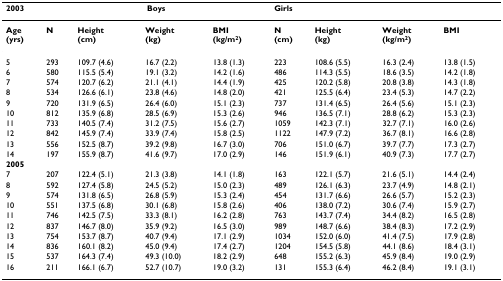
<table><thead><tr><td><b>2003</b></td><td colspan="4"><b>Boys</b></td><td colspan="4"><b>Girls</b></td></tr></thead><tbody><tr><td><b>Age</b><b>(yrs)</b></td><td><b>N</b></td><td><b>Height </b><b>(cm)</b></td><td><b>Weight</b><b>(kg)</b></td><td><b>BMI</b><b>(kg/m<sup>2</sup>)</b></td><td><b>N</b><b>(cm)</b></td><td><b>Height</b><b>(kg)</b></td><td><b>Weight</b><b>(kg/m<sup>2</sup>)</b></td><td><b>BMI</b></td></tr><tr><td>5</td><td>293</td><td>109.7 (4.6)</td><td>16.7 (2.2)</td><td>13.8 (1.3)</td><td>223</td><td>108.6 (5.5)</td><td>16.3 (2.4)</td><td>13.8 (1.5)</td></tr><tr><td>6</td><td>580</td><td>115.5 (5.4)</td><td>19.1 (3.2)</td><td>14.2 (1.6)</td><td>486</td><td>114.3 (5.5)</td><td>18.6 (3.5)</td><td>14.2 (1.8)</td></tr><tr><td>7</td><td>574</td><td>120.7 (6.2)</td><td>21.1 (4.1)</td><td>14.4 (1.9)</td><td>425</td><td>120.2 (5.8)</td><td>20.8 (3.8)</td><td>14.3 (1.8)</td></tr><tr><td>8</td><td>534</td><td>126.6 (6.1)</td><td>23.8 (4.6)</td><td>14.8 (2.0)</td><td>421</td><td>125.5 (6.4)</td><td>23.4 (5.3)</td><td>14.7 (2.2)</td></tr><tr><td>9</td><td>720</td><td>131.9 (6.5)</td><td>26.4 (6.0)</td><td>15.1 (2.3)</td><td>737</td><td>131.4 (6.5)</td><td>26.4 (5.6)</td><td>15.1 (2.3)</td></tr><tr><td>10</td><td>812</td><td>135.9 (6.8)</td><td>28.5 (6.9)</td><td>15.3 (2.6)</td><td>946</td><td>136.5 (7.1)</td><td>28.8 (6.2)</td><td>15.3 (2.3)</td></tr><tr><td>11</td><td>733</td><td>140.5 (7.4)</td><td>31.2 (7.5)</td><td>15.6 (2.7)</td><td>1059</td><td>142.3 (7.1)</td><td>32.7 (7.1)</td><td>16.0 (2.6)</td></tr><tr><td>12</td><td>842</td><td>145.9 (7.4)</td><td>33.9 (7.4)</td><td>15.8 (2.5)</td><td>1122</td><td>147.9 (7.2)</td><td>36.7 (8.1)</td><td>16.6 (2.8)</td></tr><tr><td>13</td><td>556</td><td>152.5 (8.7)</td><td>39.2 (9.8)</td><td>16.7 (3.0)</td><td>706</td><td>151.0 (6.7)</td><td>39.7 (7.7)</td><td>17.3 (2.7)</td></tr><tr><td>14</td><td>197</td><td>155.9 (8.7)</td><td>41.6 (9.7)</td><td>17.0 (2.9)</td><td>146</td><td>151.9 (6.1)</td><td>40.9 (7.3)</td><td>17.7 (2.7)</td></tr><tr><td><b>2005</b></td><td></td><td></td><td></td><td></td><td></td><td></td><td></td><td></td></tr><tr><td>7</td><td>207</td><td>122.4 (5.1)</td><td>21.3 (3.8)</td><td>14.1 (1.8)</td><td>163</td><td>122.1 (5.7)</td><td>21.6 (5.1)</td><td>14.4 (2.4)</td></tr><tr><td>8</td><td>592</td><td>127.4 (5.8)</td><td>24.5 (5.2)</td><td>15.0 (2.3)</td><td>489</td><td>126.1 (6.3)</td><td>23.7 (4.9)</td><td>14.8 (2.1)</td></tr><tr><td>9</td><td>574</td><td>131.8 (6.5)</td><td>26.8 (5.9)</td><td>15.3 (2.4)</td><td>454</td><td>131.7 (6.6)</td><td>26.6 (5.7)</td><td>15.2 (2.3)</td></tr><tr><td>10</td><td>551</td><td>137.5 (6.8)</td><td>30.1 (6.8)</td><td>15.8 (2.6)</td><td>406</td><td>138.0 (7.2)</td><td>30.6 (7.4)</td><td>15.9 (2.7)</td></tr><tr><td>11</td><td>746</td><td>142.5 (7.5)</td><td>33.3 (8.1)</td><td>16.2 (2.8)</td><td>763</td><td>143.7 (7.4)</td><td>34.4 (8.2)</td><td>16.5 (2.8)</td></tr><tr><td>12</td><td>837</td><td>146.7 (8.0)</td><td>35.9 (9.2)</td><td>16.5 (3.0)</td><td>989</td><td>148.7 (6.6)</td><td>38.4 (8.3)</td><td>17.2 (2.9)</td></tr><tr><td>13</td><td>754</td><td>153.7 (8.7)</td><td>40.7 (9.4)</td><td>17.1 (2.9)</td><td>1034</td><td>152.0 (6.0)</td><td>41.4 (7.5)</td><td>17.9 (2.8)</td></tr><tr><td>14</td><td>836</td><td>160.1 (8.2)</td><td>45.0 (9.4)</td><td>17.4 (2.7)</td><td>1204</td><td>154.5 (5.8)</td><td>44.1 (8.6)</td><td>18.4 (3.1)</td></tr><tr><td>15</td><td>537</td><td>164.3 (7.4)</td><td>49.3 (10.0)</td><td>18.2 (2.9)</td><td>648</td><td>155.2 (6.3)</td><td>45.9 (8.4)</td><td>19.0 (2.9)</td></tr><tr><td>16</td><td>211</td><td>166.1 (6.7)</td><td>52.7 (10.7)</td><td>19.0 (3.2)</td><td>131</td><td>155.3 (6.4)</td><td>46.2 (8.4)</td><td>19.1 (3.1)</td></tr></tbody></table>